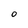
Character: 0